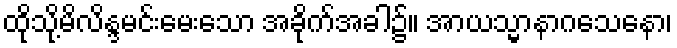
ထိုသို့မိလိန္ဒမင်းမေးသော အခိုက်အခါ၌။ အာယသ္မာနာဂသေနော၊